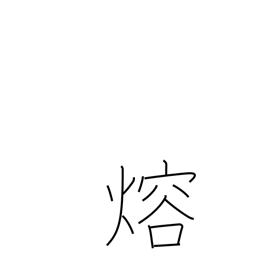
Meaning: fuse